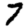
Digit: 7